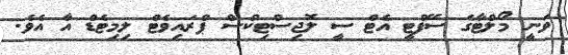
ވަނީ މޯލްޓާގެ ސޭފްޓީ އެޓް ސީ ލޮޖިސްޓިކްސް ޕްރައިވެޓް ލިމިޓެޑް އާ އެވެ.